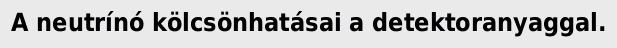
A neutrínó kölcsönhatásai a detektoranyaggal.